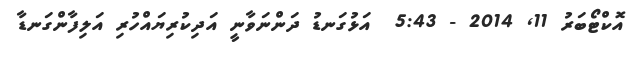
އޮކްޓޯބަރު 11